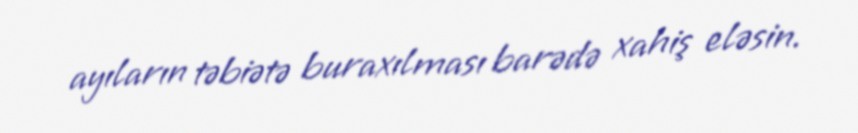
ayıların təbiətə buraxılması barədə xahiş eləsin.